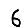
Digit: 6